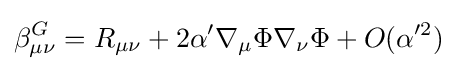
\beta _{\mu \nu }^{G}=R_{\mu \nu }+2\alpha '\nabla _{\mu }\Phi \nabla _{\nu }\Phi +O(\alpha '^{2})